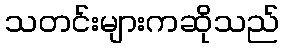
သတင်းများကဆိုသည်